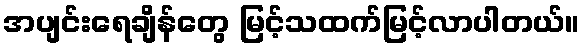
အပျင်းရေချိန်တွေ မြင့်သထက်မြင့်လာပါတယ်။